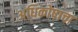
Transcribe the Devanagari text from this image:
अधिकोषाचा